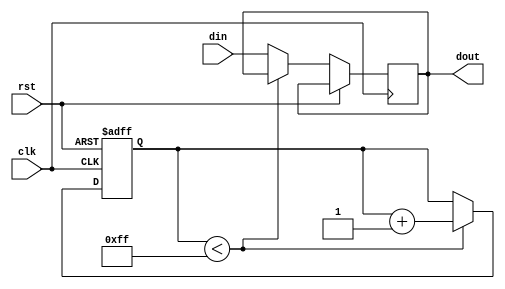
module latch_delay (
    input wire clk,
    input wire rst,
    input wire din,
    output wire dout
);

reg [7:0] delay_count;
reg [7:0] delay_max = 8'b11111111;

always @(posedge clk or posedge rst) begin
    if (rst) begin
        delay_count <= 8'b0;
    end else begin
        if (delay_count < delay_max) begin
            delay_count <= delay_count + 1;
        end else begin
            dout <= din;
        end
    end
end

endmodule